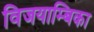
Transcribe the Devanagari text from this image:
विजयाम्बिका